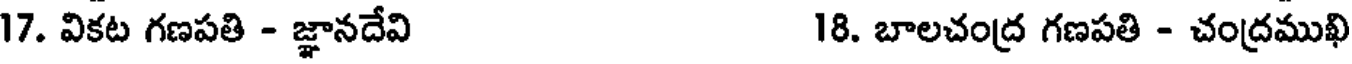
17. వికట గణపతి - జ్ఞానదేవి 18. బాలచంద్ర గణపతి - చంద్రముఖి